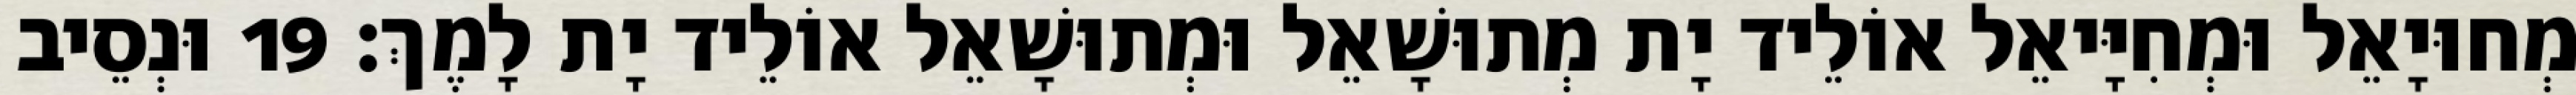
מְחוּיָאֵל וּמְחִיָּיאֵל אוֹלֵיד יָת מְתוּשָׁאֵל וּמְתוּשָׁאֵל אוֹלֵיד יָת לָמֶךְ׃ 19 וּנְסֵיב